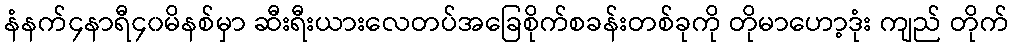
နံနက်၄နာရီ၄၀မိနစ်မှာ ဆီးရီးယားလေတပ်အခြေစိုက်စခန်းတစ်ခုကို တိုမာဟော့ဒုံး ကျည် တိုက်